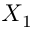
X _ { 1 }